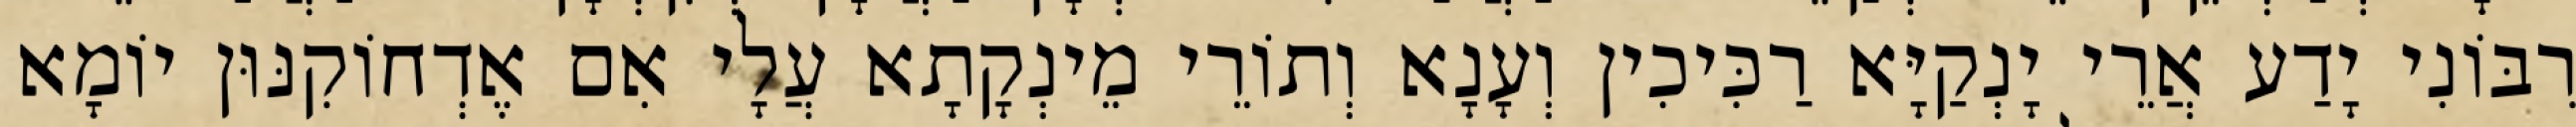
רִבּוֹנִי יָדַע אֲרֵי יָנְקַיָּא רַכִּיכִין וְעָנָא וְתוֹרֵי מֵינְקָתָא עֲלָי אִם אֶדְחוֹקִנּוּן יוֹמָא